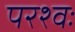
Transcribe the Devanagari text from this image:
परश्वः